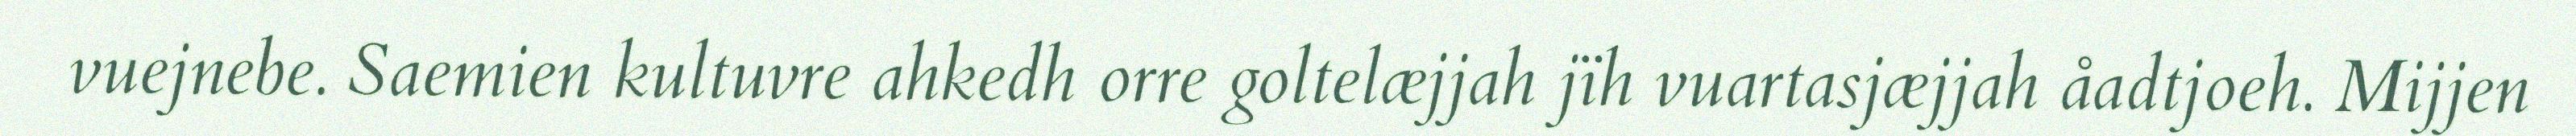
vuejnebe. Saemien kultuvre ahkedh orre goltelæjjah jïh vuartasjæjjah åadtjoeh. Mijjen